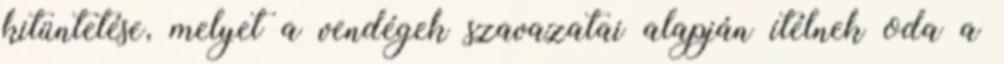
kitüntetése, melyet a vendégek szavazatai alapján ítélnek oda a